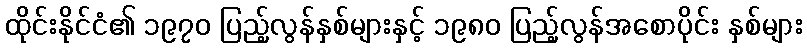
ထိုင်းနိုင်ငံ၏ ၁၉၇၀ ပြည့်လွန်နှစ်များနှင့် ၁၉၈၀ ပြည့်လွန်အစောပိုင်း နှစ်များ